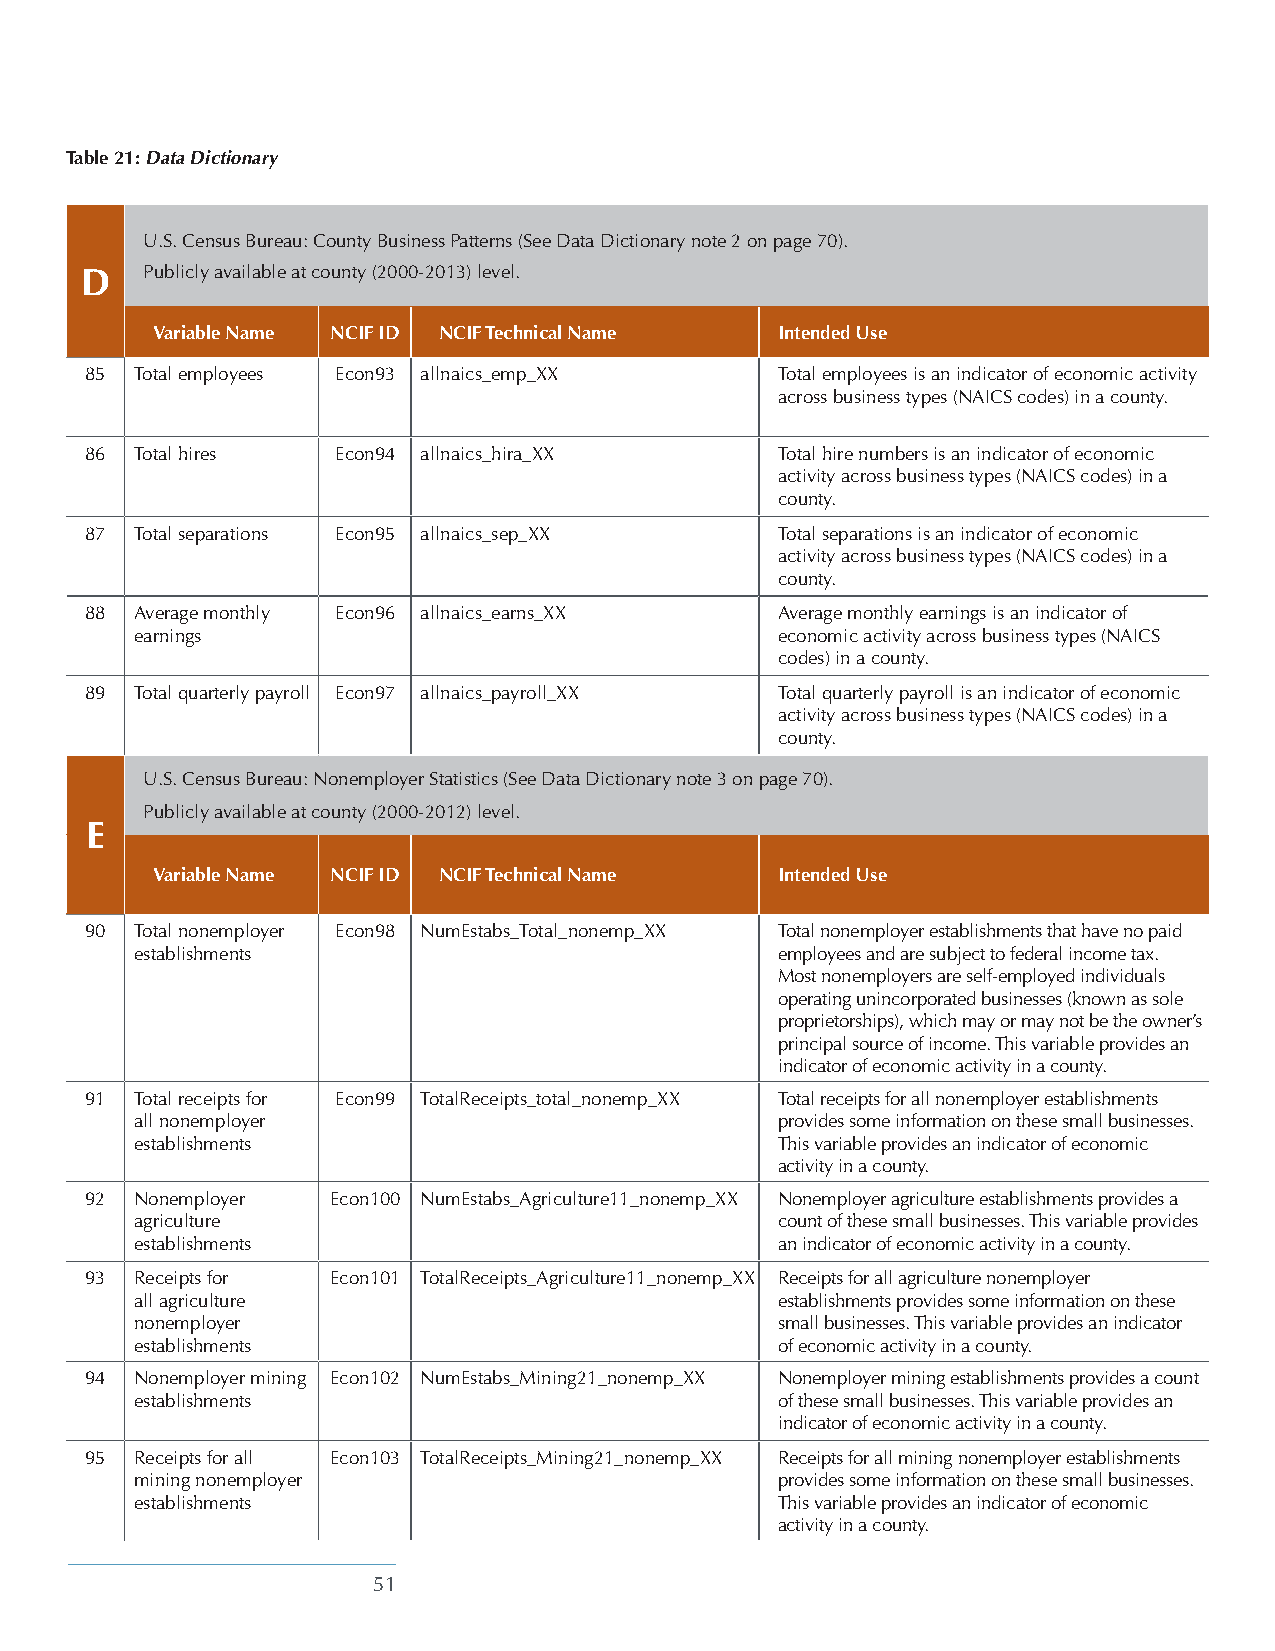
Table 21: Data Dictionary
 U.S. Census Bureau: County Business Patterns (See Data Dictionary note 2 on page 70).
 D   Publicly available at county (2000-2013) level.
 Variable Name NCIF ID NCIF Technical Name Intended Use
 85 Total employees Econ93 allnaics_emp_XX    Total employees is an indicator of economic activity
 across business types (NAICS codes) in a county.
 86 Total hires  Econ94 allnaics_hira_XX      Total hire numbers is an indicator of economic
 activity across business types (NAICS codes) in a
 county.
 87 Total separations Econ95 allnaics_sep_XX  Total separations is an indicator of economic
 activity across business types (NAICS codes) in a
 county.
 88 Average monthly Econ96 allnaics_earns_XX  Average monthly earnings is an indicator of
 earnings                                  economic activity across business types (NAICS
 codes) in a county.
 89 Total quarterly payroll Econ97 allnaics_payroll_XX Total quarterly payroll is an indicator of economic
 activity across business types (NAICS codes) in a
 county.
 U.S. Census Bureau: Nonemployer Statistics (See Data Dictionary note 3 on page 70).
 Publicly available at county (2000-2012) level.
 E
 Variable Name NCIF ID NCIF Technical Name Intended Use
 90 Total nonemployer Econ98 NumEstabs_Total_nonemp_XX Total nonemployer establishments that have no paid
 establishments                            employees and are subject to federal income tax.
 Most nonemployers are self-employed individuals
 operating unincorporated businesses (known as sole
 proprietorships), which may or may not be the owner’s
 principal source of income. This variable provides an
 indicator of economic activity in a county.
 91 Total receipts for Econ99 TotalReceipts_total_nonemp_XX Total receipts for all nonemployer establishments
 all nonemployer                           provides some information on these small businesses.
 establishments                            This variable provides an indicator of economic
 activity in a county.
 92 Nonemployer  Econ100 NumEstabs_Agriculture11_nonemp_XX Nonemployer agriculture establishments provides a
 agriculture                               count of these small businesses. This variable provides
 establishments                            an indicator of economic activity in a county.
 93 Receipts for Econ101 TotalReceipts_Agriculture11_nonemp_XX Receipts for all agriculture nonemployer
 all agriculture                           establishments provides some information on these
 nonemployer                               small businesses. This variable provides an indicator
 establishments                            of economic activity in a county.
 94 Nonemployer mining Econ102 NumEstabs_Mining21_nonemp_XX Nonemployer mining establishments provides a count
 establishments                            of these small businesses. This variable provides an
 indicator of economic activity in a county.
 95 Receipts for all Econ103 TotalReceipts_Mining21_nonemp_XX Receipts for all mining nonemployer establishments
 mining nonemployer                        provides some information on these small businesses.
 establishments                            This variable provides an indicator of economic
 activity in a county.
 51